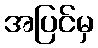
အပြင်မှ